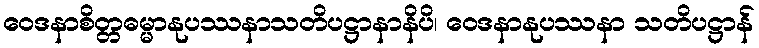
ဝေဒနာစိတ္တဓမ္မာနုပဿနာသတိပဋ္ဌာနာနိပိ၊ ဝေဒနာနုပဿနာ သတိပဋ္ဌာန်